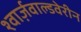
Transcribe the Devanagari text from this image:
श्वार्ज़वाल्डवेरीन